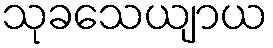
သုခသေယျာယ